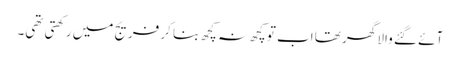
آئے گئے والا گھر تھا اب تو کچھ نہ کچھ بنا کر فریج میں رکھتی تھی۔